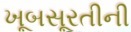
ખૂબસૂરતીની